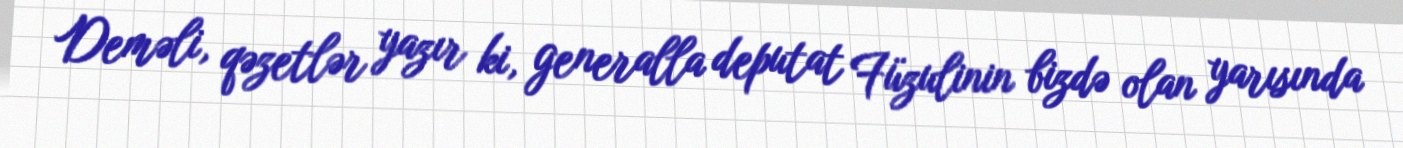
Deməli, qəzetlər yazır ki, generalla deputat Füzulinin bizdə olan yarısında